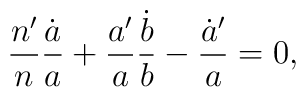
{n^{\prime}\over n}{\dot{a}\over a}+{a^{\prime}\over a}{\dot{b}\over b}-{\dot{a}^{\prime}\over a}=0,